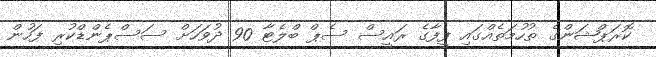
ކޮރަޕްޝަންގެ ތުހުމަތެއްގައި ފީފާގެ ރައީސް ސެޕް ބްލެޓާ 90 ދުވަހަށް ސަސްޕެންޑްކުރި ފަހުން